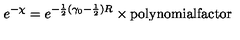
e ^ { - \chi } = e ^ { - \frac 1 2 ( \gamma _ { 0 } - \frac 1 2 ) R } \times \mathrm { p o l y n o m i a l f a c t o r }